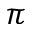
\pi